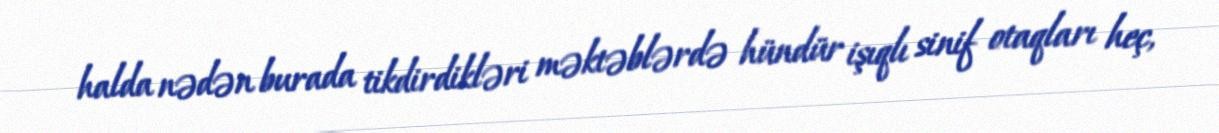
halda nədən burada tikdirdikləri məktəblərdə hündür işıqlı sinif otaqları heç,